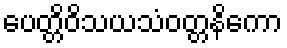
ပေတ္တိဝိသယသံဝတ္တနိကော